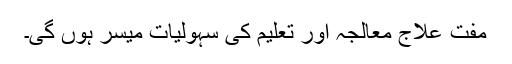
مفت علاج معالجہ اور تعلیم کی سہولیات میسر ہوں گی۔